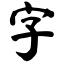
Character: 字